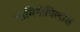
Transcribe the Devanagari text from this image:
भामिनीविलास